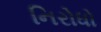
નિરોધો